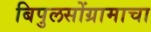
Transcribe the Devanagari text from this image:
बिपुलसोंग्रामाचा